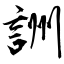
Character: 詶